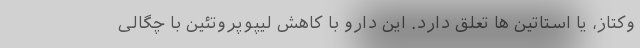
وکتاز، یا استاتین ها تعلق دارد. این دارو با کاهش لیپوپروتئین با چگالی